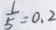
\frac { 1 } { 5 } = 0 . 2